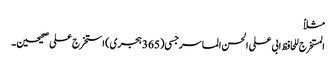
مثلاً
المستخرج للحافظ ابی علی الحسن الماسرجسی (365 ہجری) استخرج علی صحیحین۔